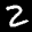
Label: 2